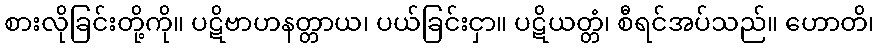
စားလိုခြင်းတို့ကို။ ပဋိဗာဟနတ္တာယ၊ ပယ်ခြင်းငှာ။ ပဋိယတ္တံ၊ စီရင်အပ်သည်။ ဟောတိ၊